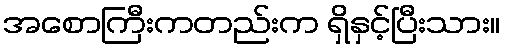
အစောကြီးကတည်းက ရှိနှင့်ပြီးသား။